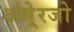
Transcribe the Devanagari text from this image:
अंगे्रजो